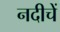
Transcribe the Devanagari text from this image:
नदीचें